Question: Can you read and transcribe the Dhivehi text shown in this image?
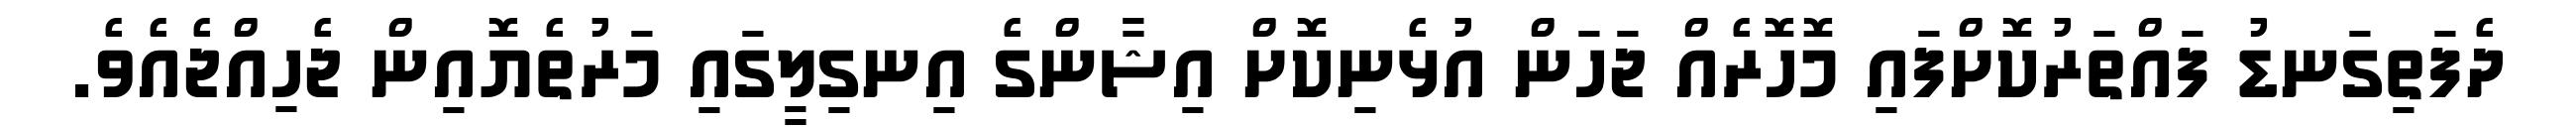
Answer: ދެފަތިގަނޑު ފައްތަރުކޮށްފައި މޮހޮރެއް ޖަހަން އުޅެނިކޮށް އިޝާންގެ އިނގިލީގައި މަރުތެޔޮއިން ޖެހިއްޖެއެވެ.